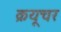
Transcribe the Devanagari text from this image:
क्रयूचर